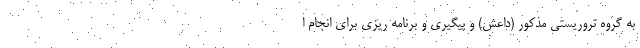
به گروه تروریستی مذکور (داعش) و پیگیری و برنامه ریزی برای انجام ا